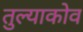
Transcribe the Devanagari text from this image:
तुल्याकोव